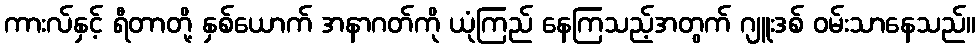
ကားလ်နှင့် ရီတာတို့ နှစ်ယောက် အနာဂတ်ကို ယုံကြည် နေကြသည့်အတွက် ဂျူးဒစ် ဝမ်းသာနေသည်။